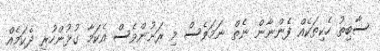
ސާބިތު ހެކިތަކެއް ފެންނާން ނެތް ނަމަވެސް މި ރަށުންވެސް އެކަމާ ގުޅުންހުރި ދެކަމެއް